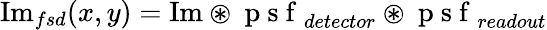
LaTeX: \textrm{Im}_{fsd}(x,y)=\textrm{Im}\circledast\mathrm{~p~s~f~}_{detector}\circledast\mathrm{~p~s~f~}_{readout}